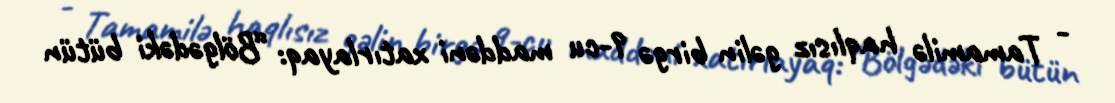
- Tamamilə haqlısız gəlin birgə 9-cu maddəni xatırlayaq: “Bölgədəki bütün